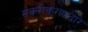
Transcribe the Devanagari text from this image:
संकरीकरणाद्वारे